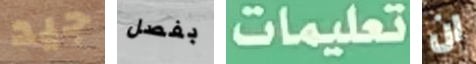
جيد بفصل تعليمات ان